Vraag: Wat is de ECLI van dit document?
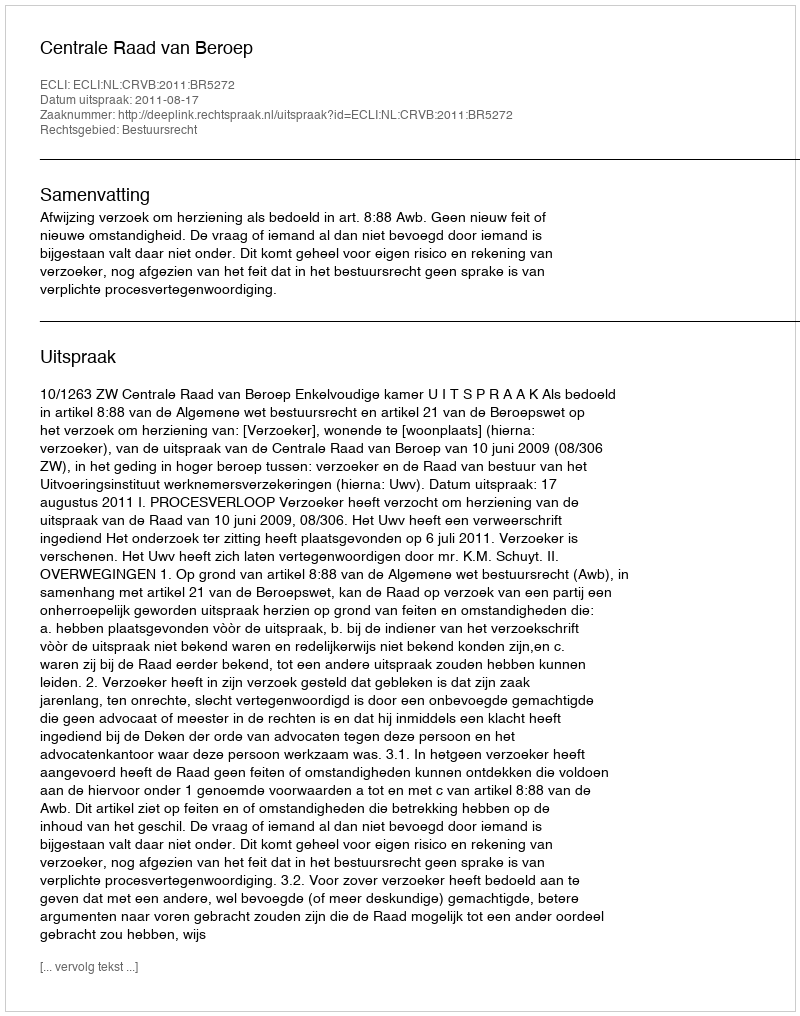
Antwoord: ECLI:NL:CRVB:2011:BR5272